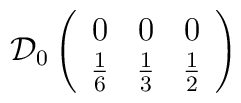
\mathcal{D}_{0}\left( \begin{array}{ccc}0 & 0 & 0\\\frac{1}{6} & \frac{1}{3} & \frac{1}{2}\end{array}\right)